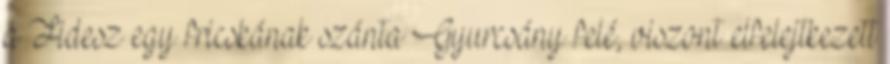
a Fidesz egy fricskának szánta Gyurcsány felé, viszont elfelejtkezett